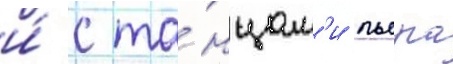
и́ с та́нцам'и пьера